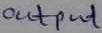
Text: Output